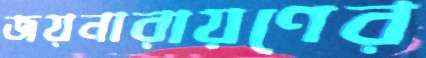
জয়নারায়ণের